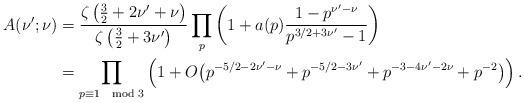
LaTeX: \begin{align*} A(\nu';\nu) &= \frac{\zeta\left(\frac{3}{2}+2\nu'+\nu\right)}{\zeta\left(\frac{3}{2}+3\nu'\right)}\prod_p \left(1 + a(p)\frac{1-p^{\nu'-\nu}}{p^{3/2+3\nu'}-1}\right) \\&= \prod_{p \equiv 1\mod 3}\left(1 + O\big(p^{-5/2 - 2\nu' - \nu} + p^{-5/2 - 3\nu'} + p^{-3-4\nu'-2\nu} +p^{-2}\big)\right). \end{align*}